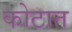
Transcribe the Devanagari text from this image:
कोटात